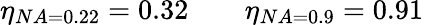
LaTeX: \eta_{NA=0.22}=0.32\qquad\eta_{NA=0.9}=0.91